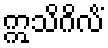
ဣသိဂိလိံ